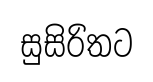
සුසිරිතට